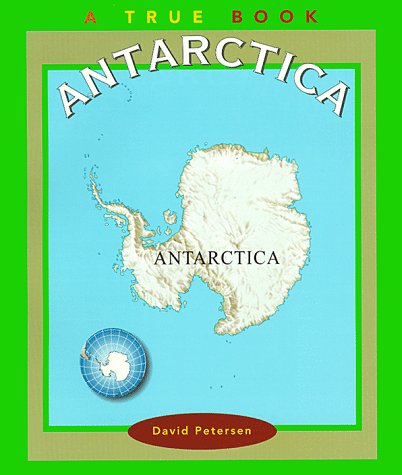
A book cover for Antarctica (True Books: Continents); David Petersen; Travel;